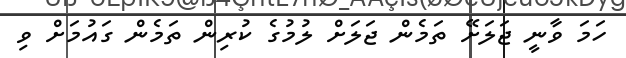
ހަމަ ވާނީ ޖަލަށޭ ތަމެން ޖަލަށް ލުމުގެ ކުރިން ތަމެން ގައުމަށް ވި